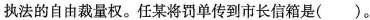
执法的自由裁量权。任某将罚单传到市长信箱是（ ）。